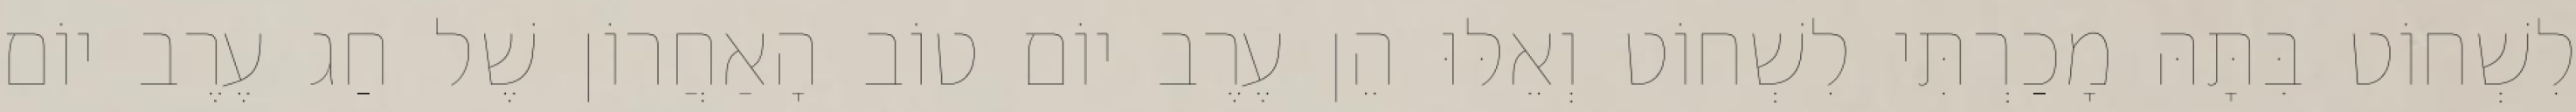
לִשְׁחוֹט בִּתָּהּ מָכַרְתִּי לִשְׁחוֹט וְאֵלּוּ הֵן עֶרֶב יוֹם טוֹב הָאַחֲרוֹן שֶׁל חַג עֶרֶב יוֹם